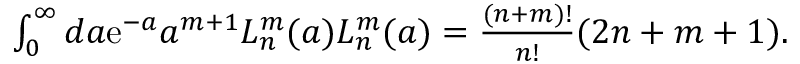
\begin{array} { r } { \int _ { 0 } ^ { \infty } d a \mathrm { e } ^ { - a } a ^ { m + 1 } L _ { n } ^ { m } ( a ) L _ { n } ^ { m } ( a ) = \frac { ( n + m ) ! } { n ! } ( 2 n + m + 1 ) . } \end{array}